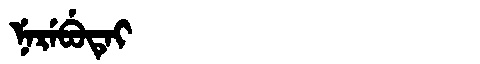
Manchu: ᠨᡝᡵᡝᠪᡠᡨᡝᡳ
Romanization: NEREBUTEI